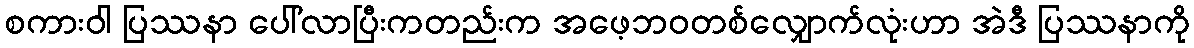
စကားဝါ ပြဿနာ ပေါ်လာပြီးကတည်းက အဖေ့ဘဝတစ်လျှောက်လုံးဟာ အဲဒီ ပြဿနာကို